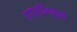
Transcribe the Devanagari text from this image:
अग्राभिमुख